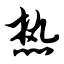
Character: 热